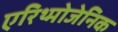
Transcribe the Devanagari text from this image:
एरिथ्मोजेनिक